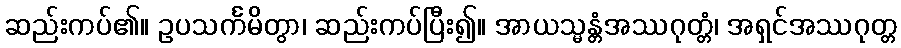
ဆည်းကပ်၏။ ဥပသင်္ကမိတွာ၊ ဆည်းကပ်ပြီး၍။ အာယသ္မန္တံအဿဂုတ္တံ၊ အရှင်အဿဂုတ္တ